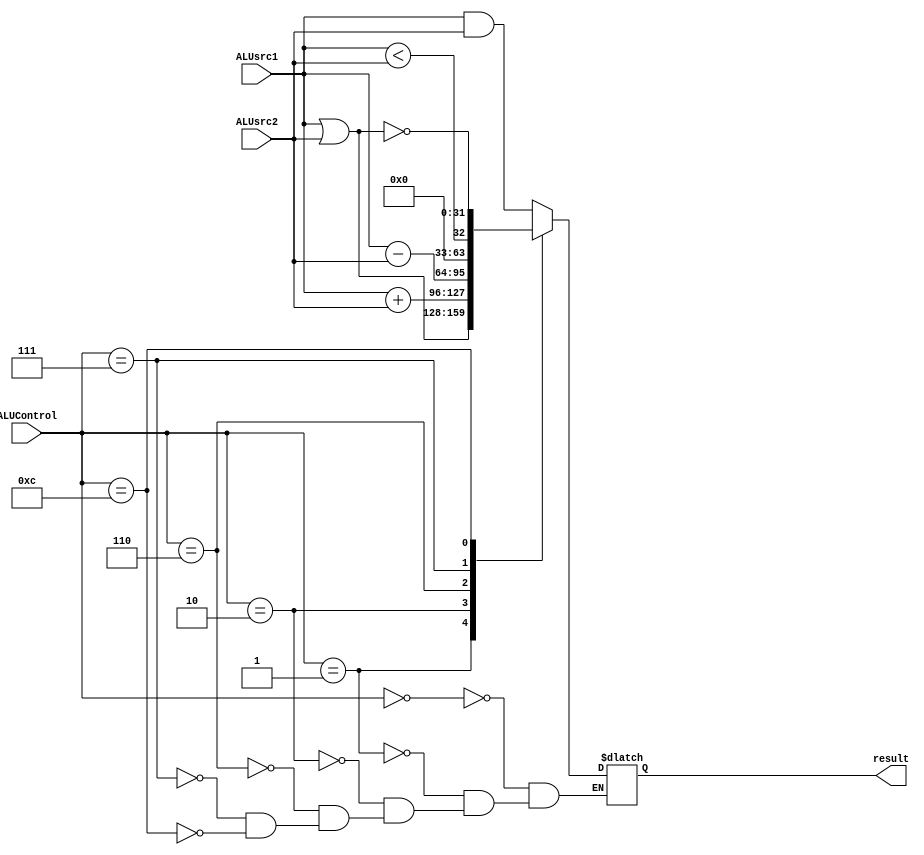
`timescale 1ns / 1ps
//////////////////////////////////////////////////////////////////////////////////
// Company: 
// Engineer: 
// 
// Design Name: 
// Module Name:    ALU 
// Project Name: 
// Target Devices: 
// Tool versions: 
// Description: 
//
// Dependencies: 
//
// Revision: 
// Revision 0.01 - File Created
// Additional Comments: 
//
//////////////////////////////////////////////////////////////////////////////////
module ALU(ALUsrc1,ALUsrc2,ALUControl,result);
	parameter N=32;
	input [N-1:0]ALUsrc1,ALUsrc2;
	input [3:0]ALUControl;
	output reg [N-1:0]result;
	
	always @(ALUsrc1,ALUsrc2,ALUControl) begin
		case (ALUControl)
			4'b0000: result = ALUsrc1 & ALUsrc2; // AND
			4'b0001: result = ALUsrc1 | ALUsrc2; // OR
			4'b0010: result = ALUsrc1 + ALUsrc2; // add
			4'b0110: begin 
				result = ALUsrc1 - ALUsrc2; // subtract
			end
			4'b0111: begin
				result = ALUsrc1 < ALUsrc2; // set-on-less-than
			end
			4'b1100: result = ~(ALUsrc1 | ALUsrc2); // NOR
		endcase
	end
endmodule